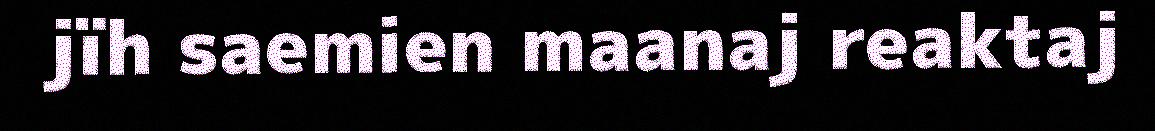
jïh saemien maanaj reaktaj